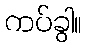
ကပ်ခွါ။